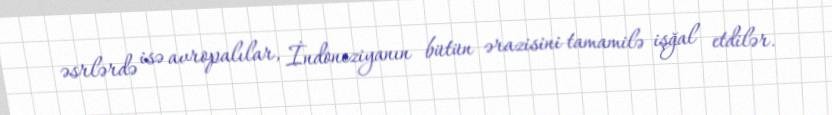
əsrlərdə isə avropalılar, İndoneziyanın bütün ərazisini tamamilə işğal etdilər.